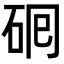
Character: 𬒅